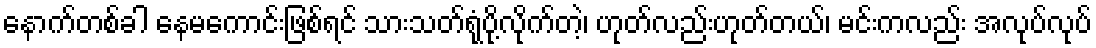
နောက်တစ်ခါ နေမကောင်းဖြစ်ရင် သားသတ်ရုံပို့လိုက်တဲ့၊ ဟုတ်လည်းဟုတ်တယ်၊ မင်းကလည်း အလုပ်လုပ်